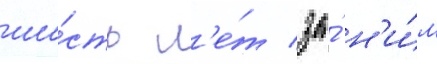
ше́сть л'е́т за́ н'и́м